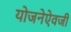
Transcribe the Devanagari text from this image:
योजनेऐवजी